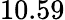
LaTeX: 10.59